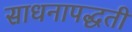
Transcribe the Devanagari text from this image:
साधनापद्धती